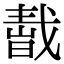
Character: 𢧬